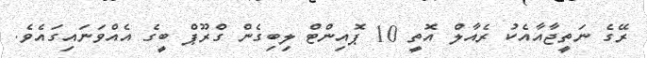
ރޭގެ ނަތީޖާއާއެކު ރެއާލް އޮތީ 10 ޕޮއިންޓް ލިބިގެން ގްރޫޕް ބީގެ އެއްވަނައިގައެވެ.